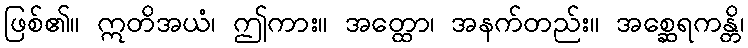
ဖြစ်၏။ ဣတိအယံ၊ ဤကား။ အတ္ထော၊ အနက်တည်း။ အစ္ဆေရကန္တိ၊